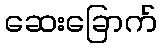
ဆေးခြောက်